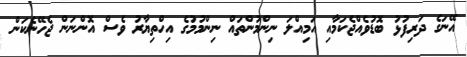
އޭނަގެ ދަރިފުޅު ބޮޑުވެއްޖެކަމާއި އަމިއްލަ ނިންމުންތައް ނިންމުމުގެ އިހްތިޔާރު ވެސް އޮންނަން ޖެހޭނެކަން